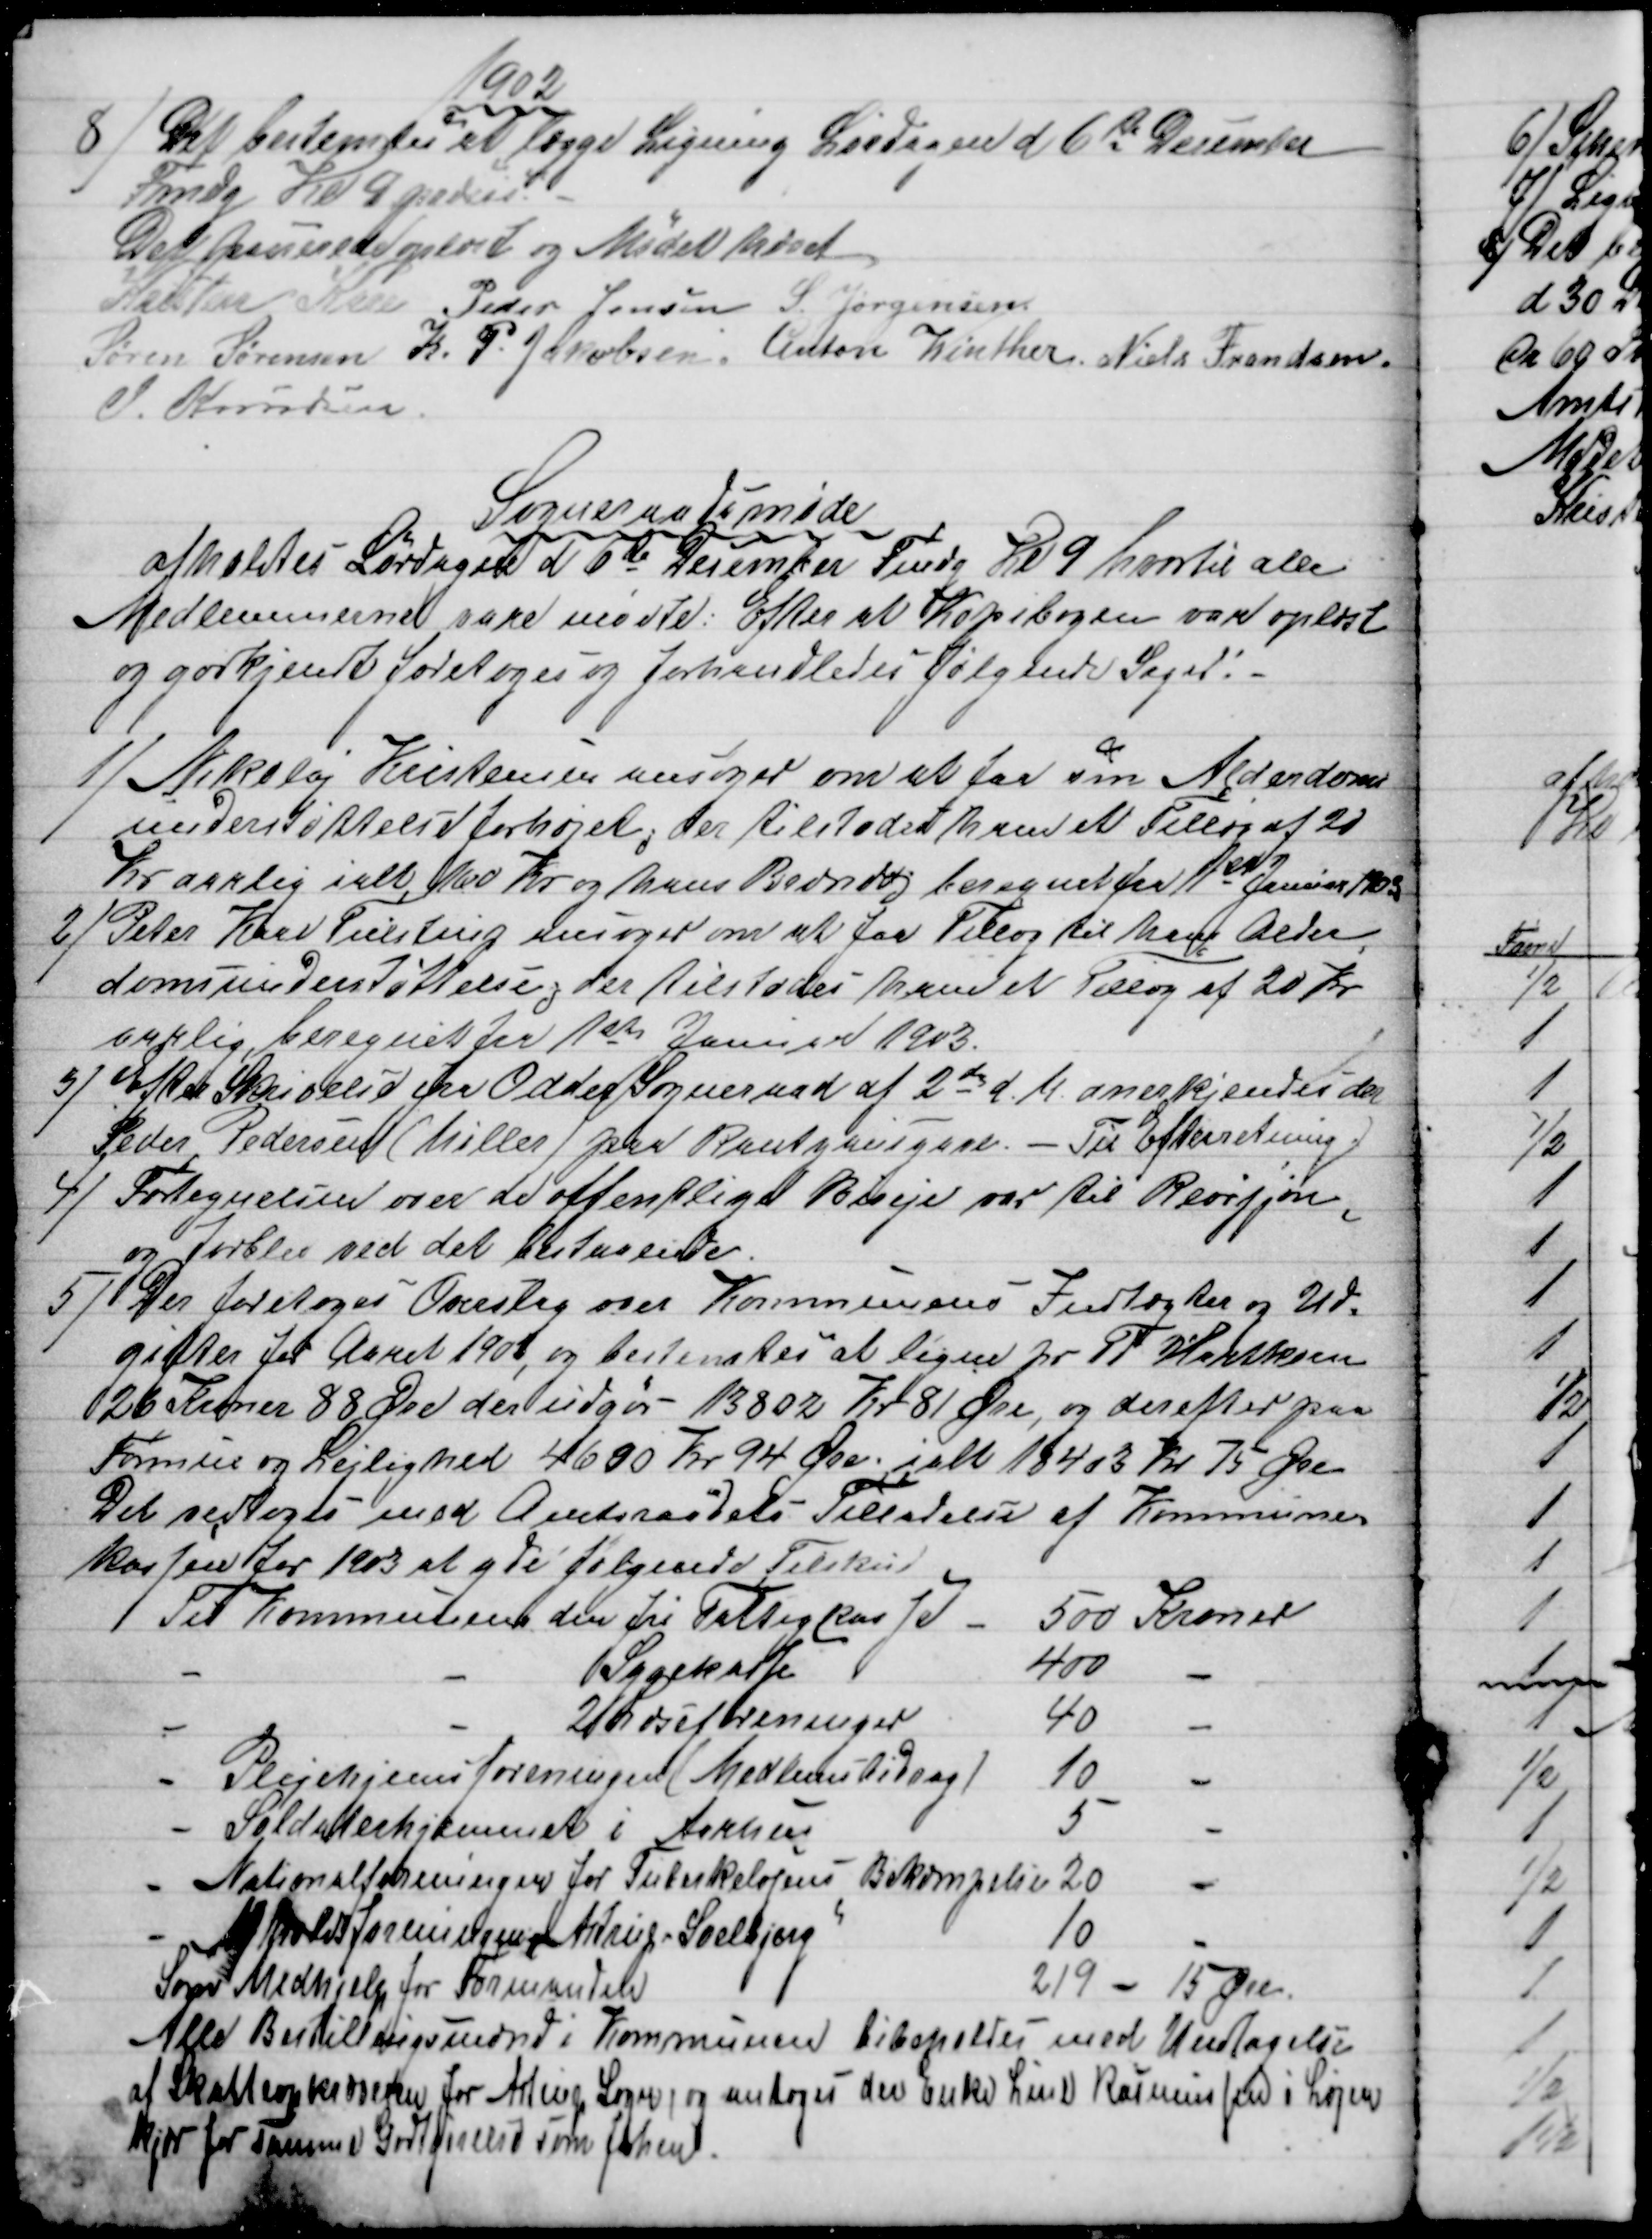
Transskription:
1902
8)
Det bestemtes at lægge Ligning Lørdagen d 6te December
Fmdg. Kl. 9 præcis
Det passerede oplæst og Mødet hævet
Kristen Kaae Peder Jensen S. Jørgensen
Søren Sørensen K. P. Jakobsen. Anton Winther Niels Frandsen
J. Knudsen
Sogneraadsmøde
afholdtes Lørdagen d 6te December Fmdg Kl 9 hvortil alle
Medlemmerne vare mødte. Efter at Kopibogen var oplæst
og godkjendt foretoges og forhandledes følgende Sager:
1) 
Nikolaj Kristensen ansøger om at faa sin Alderdoms 
understøttelse forhøjet, der tilstodes ham et Tillæg af 20
Kr aarlig ialt, 160 Kr og hans Bedring beregnet fra 1st Januar 1903
2) 
Peter Kaae Tulstrup ansøger om at faa Tillæg til hans Alder
domsunderstøttelse, der tilstodes ham et Tillæg af 20 Kr
aarlig beregnet fra 1ste Januar 1903.
3) 
Efter Skrivelse fra Odder Sogneraad af 2de d. M. anerkjendes der
Peder Pedersen (Møller) paa Rantzaugave. - Til Efterretning.
4) 
Fortegnelsen over de offentlige Biveje var til Revisjon,
og forblev ved det bestaaende.
5) 
Der foretoges Overslag over Kommunens Indtægter og Ud-
gifter for Aaret 1903, og bestemtes at ligne pr Td Hartkorn
26 Kroner 88 Øre der udgør 13802 Kr 81 Øre, og derefter paa
Formue og Lejlighed 4600 Kr. 94 Øre, ialt 18403 Kr. 75 Øre
Det vedtoges med Amtsraadets Tilladelse af Kommune-
kassen for1903 at yde følgende Tilskud
Til kommunens den fri Fattigkasse 
500 Kroner
Sygekasse
400
 2 Læseforeninger
40
Plejehjemsforeningen (Medlemsbidrag)
10 
Soldaterhjemmet i Aarhus
5
Nationalforeningen for Tuberkelogens Bekæmpelse 20 
Afholdsforeningen Astrup - Soelbjerg
10
Som Medhjelp for Formanden
219 - 15 Øre.
Alle Bestillingsmænd i Kommunen bibeholdes med Undtagelse
af Skatteopkræveren for Astrup Sogn, og antoges der Enke Line Rasmussen i Løjen
kjær for samme Godtgjørelse som forhen.